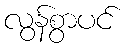
လွန်စွာပင်